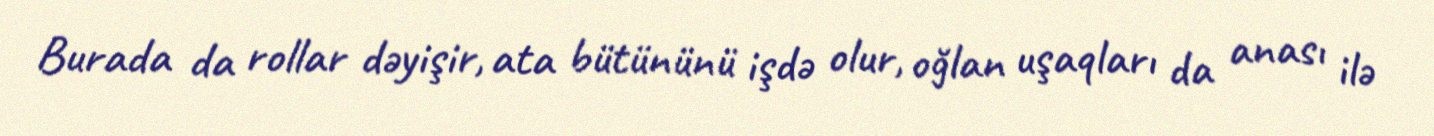
Burada da rollar dəyişir, ata bütününü işdə olur, oğlan uşaqları da anası ilə